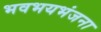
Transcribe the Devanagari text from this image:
भवभयभंजना